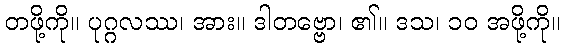
တဖို့ကို။ ပုဂ္ဂလဿ၊ အား။ ဒါတဗ္ဗော၊ ၏။ ဒသ၊ ၁၀ အဖို့ကို။